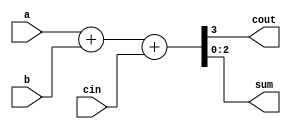
module full_adder( 
    input [2:0] a, b,
    input cin,
    output cout,
    output [2:0] sum
);
	
// 
	
assign {cout, sum} = a + b + cin;	
endmodule